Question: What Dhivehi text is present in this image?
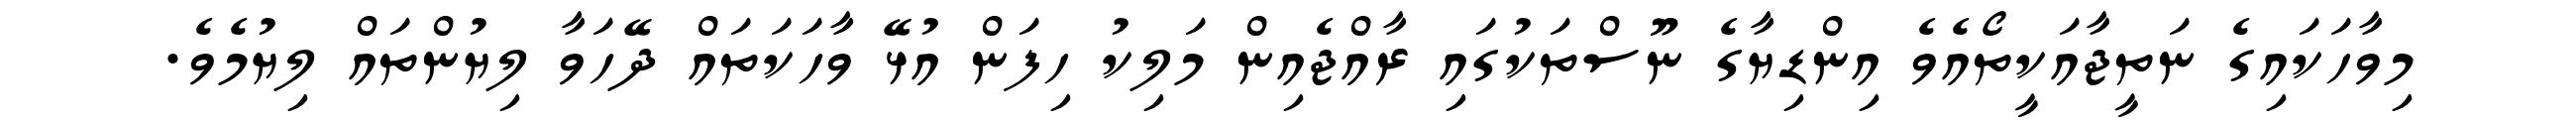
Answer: މިވާހަކައިގެ ނަތީޖާއަކީތޯއެވެ އިންޑިޔާގެ ނޫސްތަކުގައި ރާއްޖެއިން މަލިކު ހިފަން އުޅޭ ވާހަކަތައް ދޭހަވާ ލިޔުންތައް ލިޔުމެވެ.